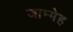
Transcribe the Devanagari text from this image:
जाम्मेह